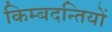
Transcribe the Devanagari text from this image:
किम्बदन्तियों